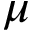
\mu